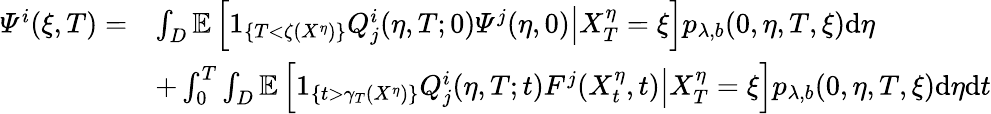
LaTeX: \begin{array}{rl}{\varPsi^{i}(\xi,T)=}&{\int_{D}\mathbb{E}\left[\left.1_{\{ T<\zeta(X^{\eta})\} }Q_{j}^{i}(\eta,T;0)\varPsi^{j}(\eta,0)\right|X_{T}^{\eta}=\xi\right]p_{\lambda,b}(0,\eta,T,\xi)\mathrm{d}\eta}\\ &{+\int_{0}^{T}\int_{D}\mathbb{E}\left[\left.1_{\left\{ t>\gamma_{T}(X^{\eta})\right\} }Q_{j}^{i}(\eta,T;t)F^{j}(X_{t}^{\eta},t)\right|X_{T}^{\eta}=\xi\right]p_{\lambda,b}(0,\eta,T,\xi)\mathrm{d}\eta\mathrm{d}t}\end{array}